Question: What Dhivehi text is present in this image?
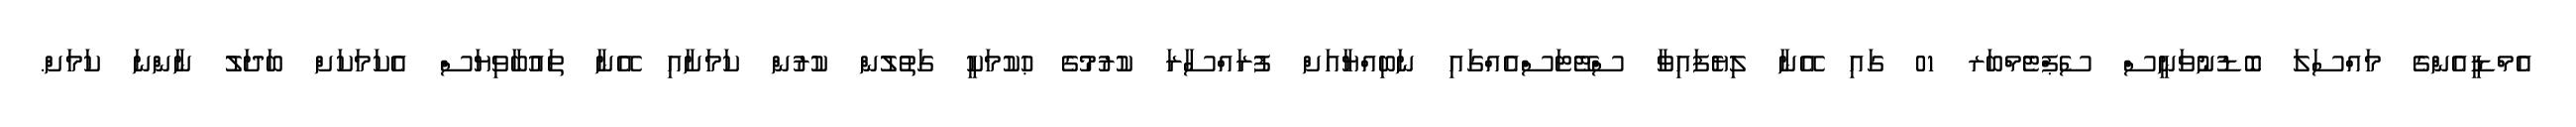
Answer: އެމްޑީއެންގެ މައްސަލަ ބޮޑުނުވަނީސް ސެޕްޓެމްބަރ 01 ގައި އޭނާ ލިޔެފައިވާ ސްޓޭޓަސްއެއްގައި ނަބިއްޔާއަށް ފުރައްސާރަ ކުރުމުގެ ޙުކުމަކީ ގަތުލުން ކުރުން ކަމަށާއި އޭނާ ތައުބާވިޔަސް އެކަމަކަށް ބަދަލު ނާންނަ ކަމަށް.